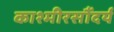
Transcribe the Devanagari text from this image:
काश्मीरसौंदर्य